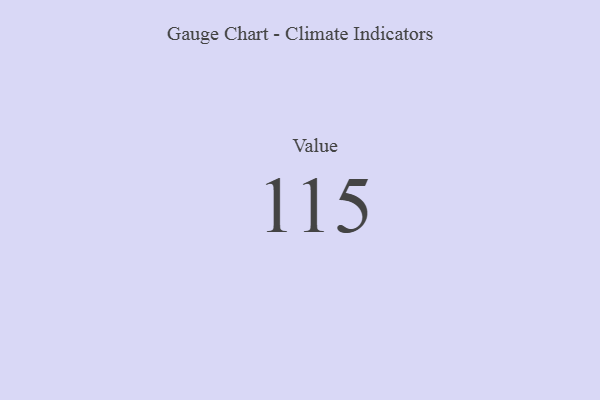
{"axis": {"x": "Metric", "y": "Value"}, "legend": [""], "data": [{"x": "Value", "y": 115, "type": ""}]}